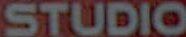
STUDIO